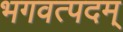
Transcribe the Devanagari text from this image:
भगवत्पदम्